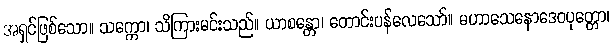
အရှင်ဖြစ်သော။ သက္ကော၊ သိကြားမင်းသည်။ ယာစန္တော၊ တောင်းပန်လေသော်။ မဟာသေနောဒေဝပုတ္တော၊